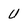
Character: U